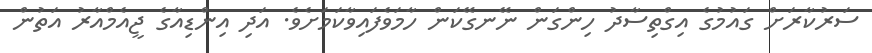
ސަރުކާރަށް ގައުމުގެ އިގްތިސާދު ހިންގަން ނޭނގޭކަން ހާމަވެފައިވާކަމަށެވެ. އަދި އިންޑިއާގެ ޖީއެމްއާރު އަތުން